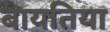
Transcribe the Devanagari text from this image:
बायतिया